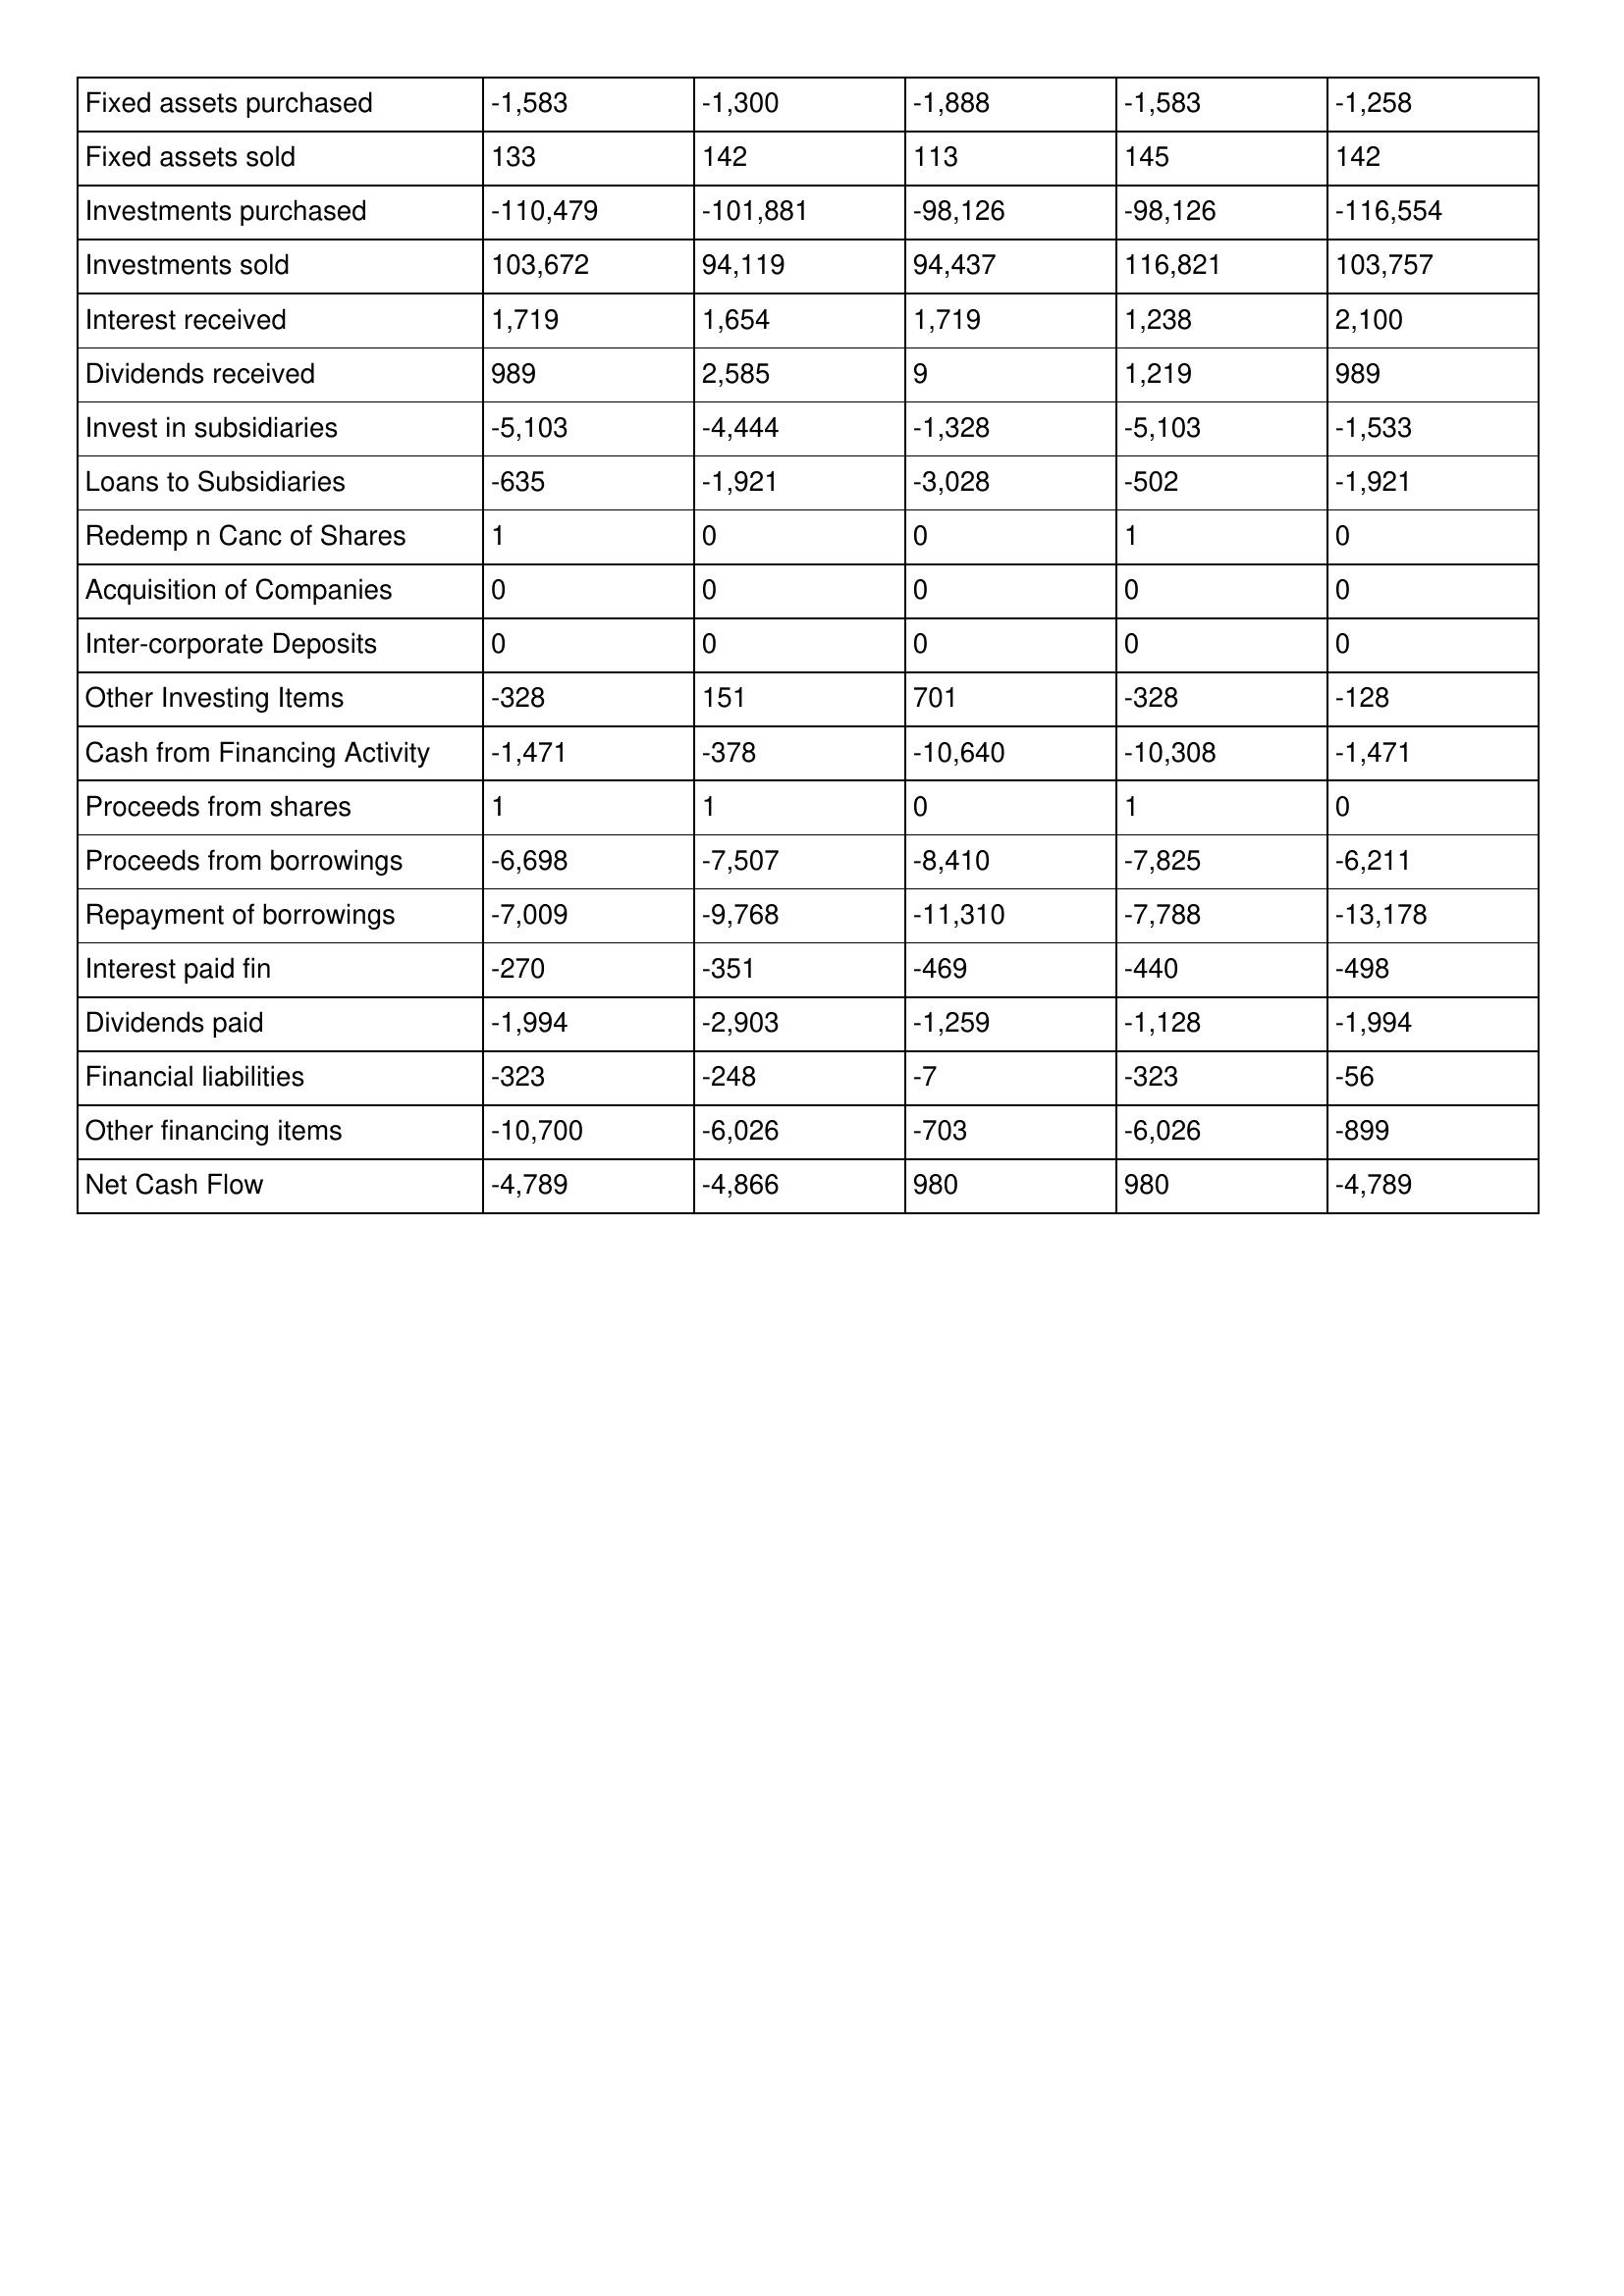
gt_parse: May-11: Cash Flows: Fixed assets purchased: -1,583
Fixed assets sold: 133
Investments purchased: -110,479
Investments sold: 103,672
Interest received: 1,719
Dividends received: 989
Invest in subsidiaries: -5,103
Loans to Subsidiaries: -635
Redemp n Canc of Shares: 1
Acquisition of Companies: 0
Inter-corporate Deposits: 0
Other Investing Items: -328
Cash from Financing Activity: -1,471
Proceeds from shares: 1
Proceeds from borrowings: -6,698
Repayment of borrowings: -7,009
Interest paid fin: -270
Dividends paid: -1,994
Financial liabilities: -323
Other financing items: -10,700
Net Cash Flow: -4,789
May-10: Cash Flows: Fixed assets purchased: -1,300
Fixed assets sold: 142
Investments purchased: -101,881
Investments sold: 94,119
Interest received: 1,654
Dividends received: 2,585
Invest in subsidiaries: -4,444
Loans to Subsidiaries: -1,921
Redemp n Canc of Shares: 0
Acquisition of Companies: 0
Inter-corporate Deposits: 0
Other Investing Items: 151
Cash from Financing Activity: -378
Proceeds from shares: 1
Proceeds from borrowings: -7,507
Repayment of borrowings: -9,768
Interest paid fin: -351
Dividends paid: -2,903
Financial liabilities: -248
Other financing items: -6,026
Net Cash Flow: -4,866
May-09: Cash Flows: Fixed assets purchased: -1,888
Fixed assets sold: 113
Investments purchased: -98,126
Investments sold: 94,437
Interest received: 1,719
Dividends received: 9
Invest in subsidiaries: -1,328
Loans to Subsidiaries: -3,028
Redemp n Canc of Shares: 0
Acquisition of Companies: 0
Inter-corporate Deposits: 0
Other Investing Items: 701
Cash from Financing Activity: -10,640
Proceeds from shares: 0
Proceeds from borrowings: -8,410
Repayment of borrowings: -11,310
Interest paid fin: -469
Dividends paid: -1,259
Financial liabilities: -7
Other financing items: -703
Net Cash Flow: 980
May-08: Cash Flows: Fixed assets purchased: -1,583
Fixed assets sold: 145
Investments purchased: -98,126
Investments sold: 116,821
Interest received: 1,238
Dividends received: 1,219
Invest in subsidiaries: -5,103
Loans to Subsidiaries: -502
Redemp n Canc of Shares: 1
Acquisition of Companies: 0
Inter-corporate Deposits: 0
Other Investing Items: -328
Cash from Financing Activity: -10,308
Proceeds from shares: 1
Proceeds from borrowings: -7,825
Repayment of borrowings: -7,788
Interest paid fin: -440
Dividends paid: -1,128
Financial liabilities: -323
Other financing items: -6,026
Net Cash Flow: 980
May-07: Cash Flows: Fixed assets purchased: -1,258
Fixed assets sold: 142
Investments purchased: -116,554
Investments sold: 103,757
Interest received: 2,100
Dividends received: 989
Invest in subsidiaries: -1,533
Loans to Subsidiaries: -1,921
Redemp n Canc of Shares: 0
Acquisition of Companies: 0
Inter-corporate Deposits: 0
Other Investing Items: -128
Cash from Financing Activity: -1,471
Proceeds from shares: 0
Proceeds from borrowings: -6,211
Repayment of borrowings: -13,178
Interest paid fin: -498
Dividends paid: -1,994
Financial liabilities: -56
Other financing items: -899
Net Cash Flow: -4,789